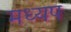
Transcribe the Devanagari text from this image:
मध्यप